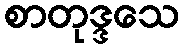
စာတုဒ္ဒသေ